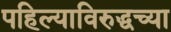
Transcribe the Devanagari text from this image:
पहिल्याविरुद्धच्या